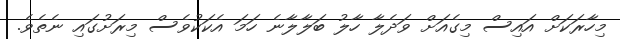
މިހާރަކަށް އައިސް މިގެއަށް ވަދެލާ ހާލު ބަލާލާނެ ހަމަ އެކަކުވެސް މިރަށުގައި ނެތެވެ.